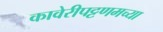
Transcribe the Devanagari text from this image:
कावेरीपट्टणमच्या